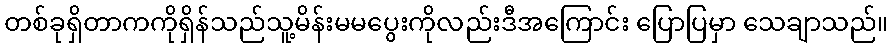
တစ်ခုရှိတာကကိုရှိန်သည်သူ့မိန်းမမပွေးကိုလည်းဒီအကြောင်း ပြောပြမှာ သေချာသည်။